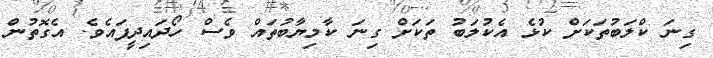
ގިނަ ކްލަބުތަކަށް ކުޅެ އެކުލަބު ތަކަށް ގިނަ ކާމިޔާބުތައް ވެސް ހޯދައިދީފައެވެ. އެގޮތުން